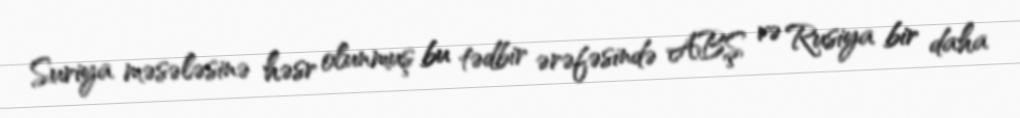
Suriya məsələsinə həsr olunmuş bu tədbir ərəfəsində ABŞ və Rusiya bir daha